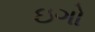
ઇગો